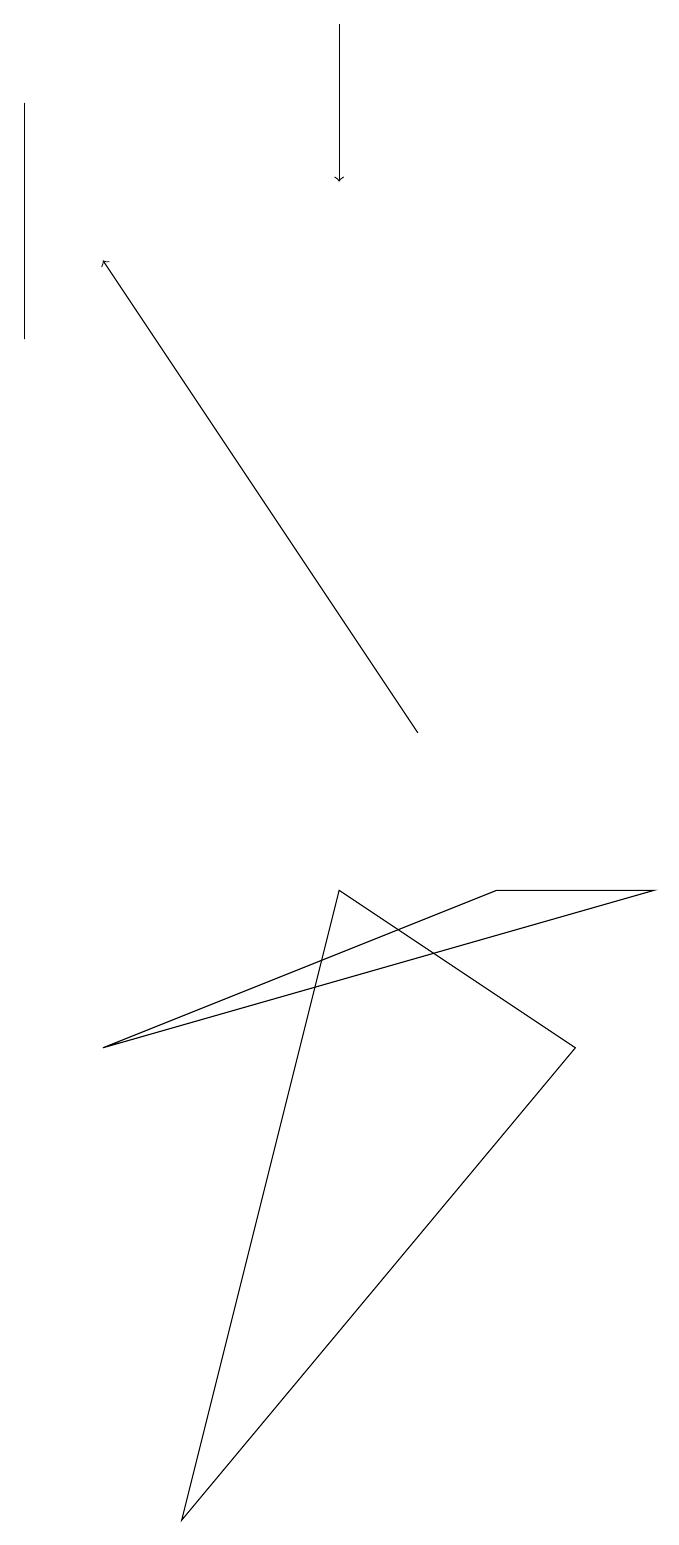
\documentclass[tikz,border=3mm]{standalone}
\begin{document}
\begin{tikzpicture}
\draw[->] (5,19) -- (5,17);
\draw (9,8) -- (7,8) -- (2,6) -- cycle;
\draw[->] (6,10) -- (2,16);
\draw (1,18) rectangle (1,15);
\draw (3,0) -- (5,8) -- (8,6) -- cycle;
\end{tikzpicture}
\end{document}